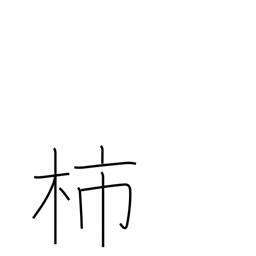
Meaning: persimmon